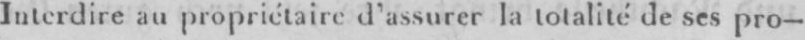
Interdire au propriétaire d’assurer la totalité de ses pro-